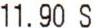
11.90 S